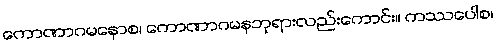
ကောဏာဂမနောစ၊ ကောဏာဂမနဘုရားလည်းကောင်း။ ကဿပေါစ၊